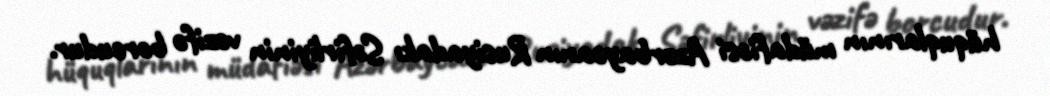
hüquqlarının müdafiəsi Azərbaycanın Rusiyadakı Səfirliyinin vəzifə borcudur.